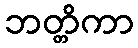
ဘတ္တိကာ